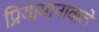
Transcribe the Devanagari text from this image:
प्रियामानावाले